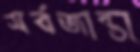
সর্বজান্তা